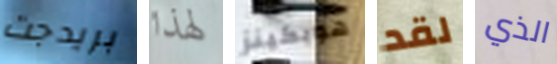
بريدجت لهذا هوبكينز لقد الذي